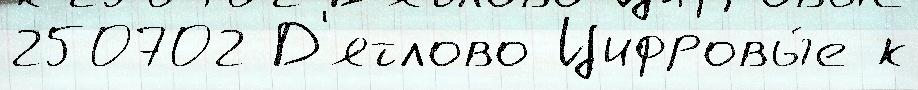
250702 Д'ятлово Цифровы́е к